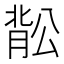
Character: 𬛉